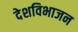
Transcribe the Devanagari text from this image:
देशविभाजन